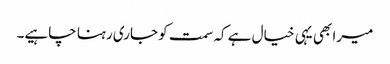
میرا بھی یہی خیال ہے کہ سمت کو جاری رہنا چاہیے۔